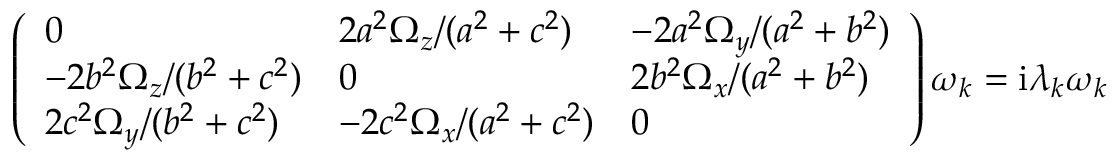
\left( \begin{array} { l l l } { 0 } & { { 2 a ^ { 2 } \Omega _ { z } } / { ( a ^ { 2 } + c ^ { 2 } ) } } & { - { 2 a ^ { 2 } \Omega _ { y } } / { ( a ^ { 2 } + b ^ { 2 } ) } } \\ { - { 2 b ^ { 2 } \Omega _ { z } } / { ( b ^ { 2 } + c ^ { 2 } ) } } & { 0 } & { { 2 b ^ { 2 } \Omega _ { x } } / { ( a ^ { 2 } + b ^ { 2 } ) } } \\ { { 2 c ^ { 2 } \Omega _ { y } } / { ( b ^ { 2 } + c ^ { 2 } ) } } & { - { 2 c ^ { 2 } \Omega _ { x } } / { ( a ^ { 2 } + c ^ { 2 } ) } } & { 0 } \end{array} \right) \boldsymbol { \omega } _ { k } = \mathrm { i } \lambda _ { k } \boldsymbol { \omega } _ { k }